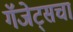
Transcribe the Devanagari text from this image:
गॅजेट्सचा